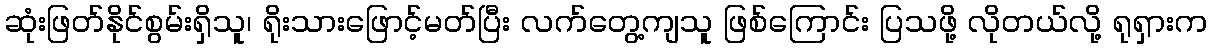
ဆုံးဖြတ်နိုင်စွမ်းရှိသူ၊ ရိုးသားဖြောင့်မတ်ပြီး လက်တွေ့ကျသူ ဖြစ်ကြောင်း ပြသဖို့ လိုတယ်လို့ ရုရှားက